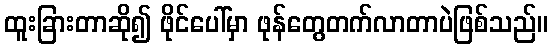
ထူးခြားတာဆို၍ ဖိုင်ပေါ်မှာ ဖုန်တွေတက်လာတာပဲဖြစ်သည်။